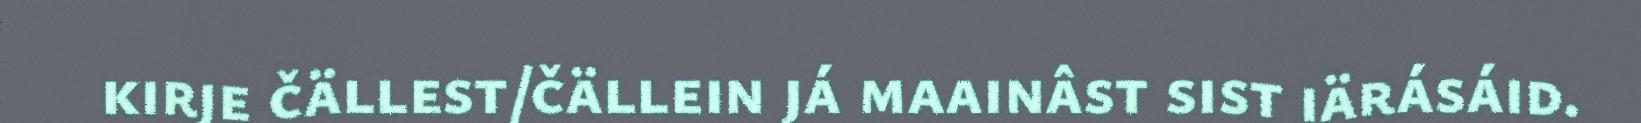
kirje čällest/čällein já maainâst sist iärásáid.